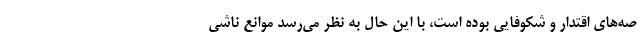
صه‌های اقتدار و شکوفایی بوده است، با این حال به نظر می‌رسد موانع ناشی